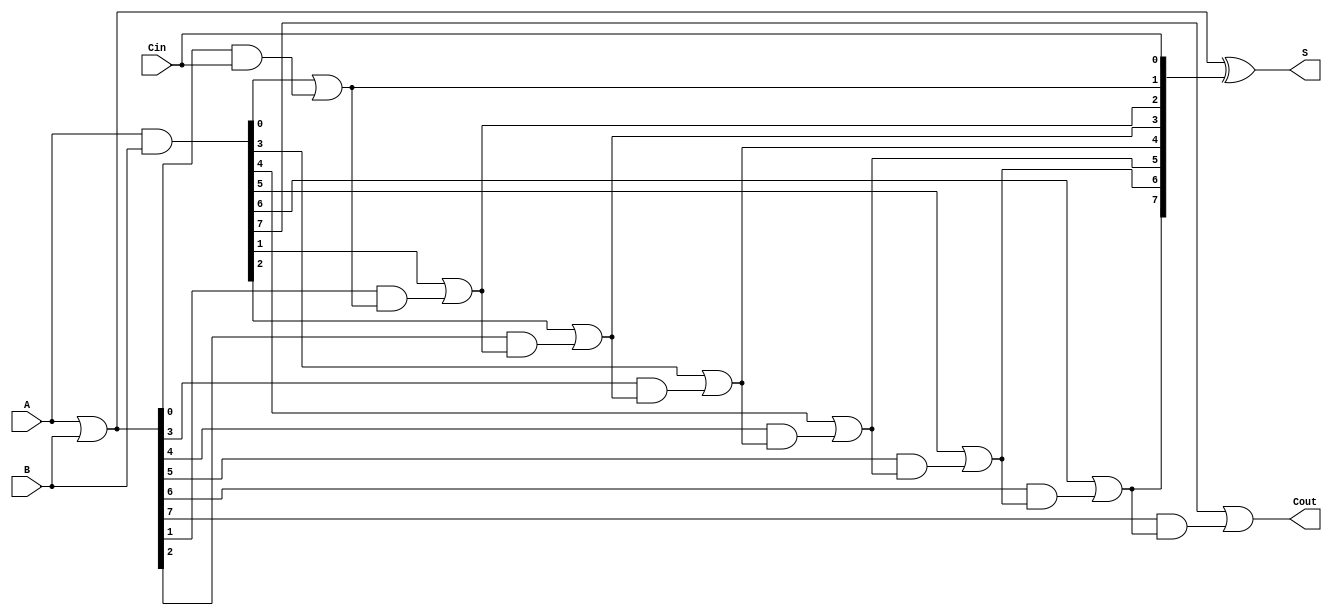
module VariableLatencyCLA #(parameter n = 8) (
    input  [n-1:0] A,      // First input
    input  [n-1:0] B,      // Second input
    input         Cin,      // Carry-in
    output [n-1:0] S,      // Sum output
    output        Cout      // Carry-out
);

    // Generate (G) and Propagate (P) signals
    wire [n-1:0] G; // Generate
    wire [n-1:0] P; // Propagate
    wire [n:0] C;   // Carry signals (C[0] = Cin)

    // Compute G and P
    assign G = A & B;         // Generate
    assign P = A | B;         // Propagate

    // Carry generation
    assign C[0] = Cin;        // Carry-in
    genvar i;
    generate
        for (i = 0; i < n; i = i + 1) begin : carry_gen
            if (i == 0) begin
                assign C[i + 1] = G[i] | (P[i] & C[i]); // Carry-out for bit 0
            end else begin
                assign C[i + 1] = G[i] | (P[i] & C[i]); // Carry-out for bit i
            end
        end
    endgenerate

    // Sum calculation
    assign S = P ^ C[n-1:0]; // Sum output
    assign Cout = C[n];      // Final carry-out

endmodule